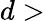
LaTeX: d>